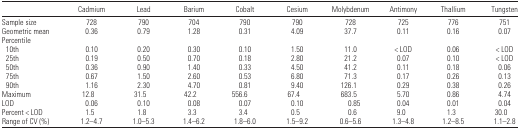
|  | Cadmium | Lead | Barium | Cobalt | Cesium | Molybdenum | Antimony | Thallium | Tungsten |
 | --- | --- | --- | --- | --- | --- | --- | --- | --- | --- |
 | Sample size | 728 | 790 | 704 | 790 | 790 | 728 | 725 | 776 | 751 |
 | Geometric mean | 0.36 | 0.79 | 1.28 | 0.31 | 4.09 | 37.7 | 0.11 | 0.16 | 0.07 |
 | <COLSPAN=10> Percentile |
 | 10th | 0.10 | 0.20 | 0.30 | 0.10 | 1.50 | 11.0 | < LOD | 0.06 | < LOD |
 | 25th | 0.19 | 0.50 | 0.70 | 0.18 | 2.80 | 21.2 | 0.07 | 0.10 | < LOD |
 | 50th | 0.36 | 0.90 | 1.40 | 0.33 | 4.50 | 41.2 | 0.11 | 0.18 | 0.06 |
 | 75th | 0.67 | 1.50 | 2.60 | 0.53 | 6.80 | 71.3 | 0.17 | 0.26 | 0.13 |
 | 90th | 1.16 | 2.30 | 4.70 | 0.81 | 9.40 | 126.1 | 0.29 | 0.38 | 0.26 |
 | Maximum | 12.8 | 31.5 | 42.2 | 556.6 | 67.4 | 683.5 | 5.70 | 0.86 | 4.74 |
 | LOD | 0.06 | 0.10 | 0.08 | 0.07 | 0.10 | 0.85 | 0.04 | 0.01 | 0.04 |
 | Percent < LOD | 1.5 | 1.8 | 3.3 | 3.4 | 0.5 | 0.6 | 9.0 | 1.3 | 30.0 |
 | Range of CV (%) | 1.2–4.7 | 1.0–5.3 | 1.4–6.2 | 1.8–6.0 | 1.5–9.2 | 0.6–5.6 | 1.3–4.8 | 1.2–8.5 | 1.1–2.8 |